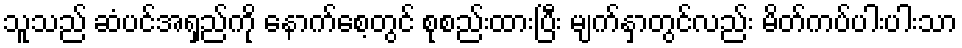
သူသည် ဆံပင်အရှည်ကို နောက်စေ့တွင် စုစည်းထားပြီး မျက်နှာတွင်လည်း မိတ်ကပ်ပါးပါးသာ